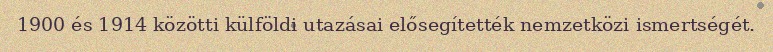
1900 és 1914 közötti külföldi utazásai elősegítették nemzetközi ismertségét.